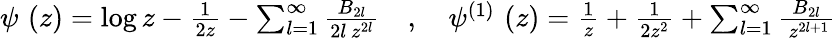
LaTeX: \begin{array}{r}{\psi\, \left(z\right)=\log z-\frac{1}{2z}-\sum_{l=1}^{\infty}\frac{B_{2l}}{2l\, z^{2l}}\quad,\quad\psi^{\left(1\right)}\, \left(z\right)=\frac{1}{z}+\frac{1}{2z^{2}}+\sum_{l=1}^{\infty}\frac{B_{2l}}{\, z^{2l+1}}}\end{array}